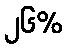
၂၆%